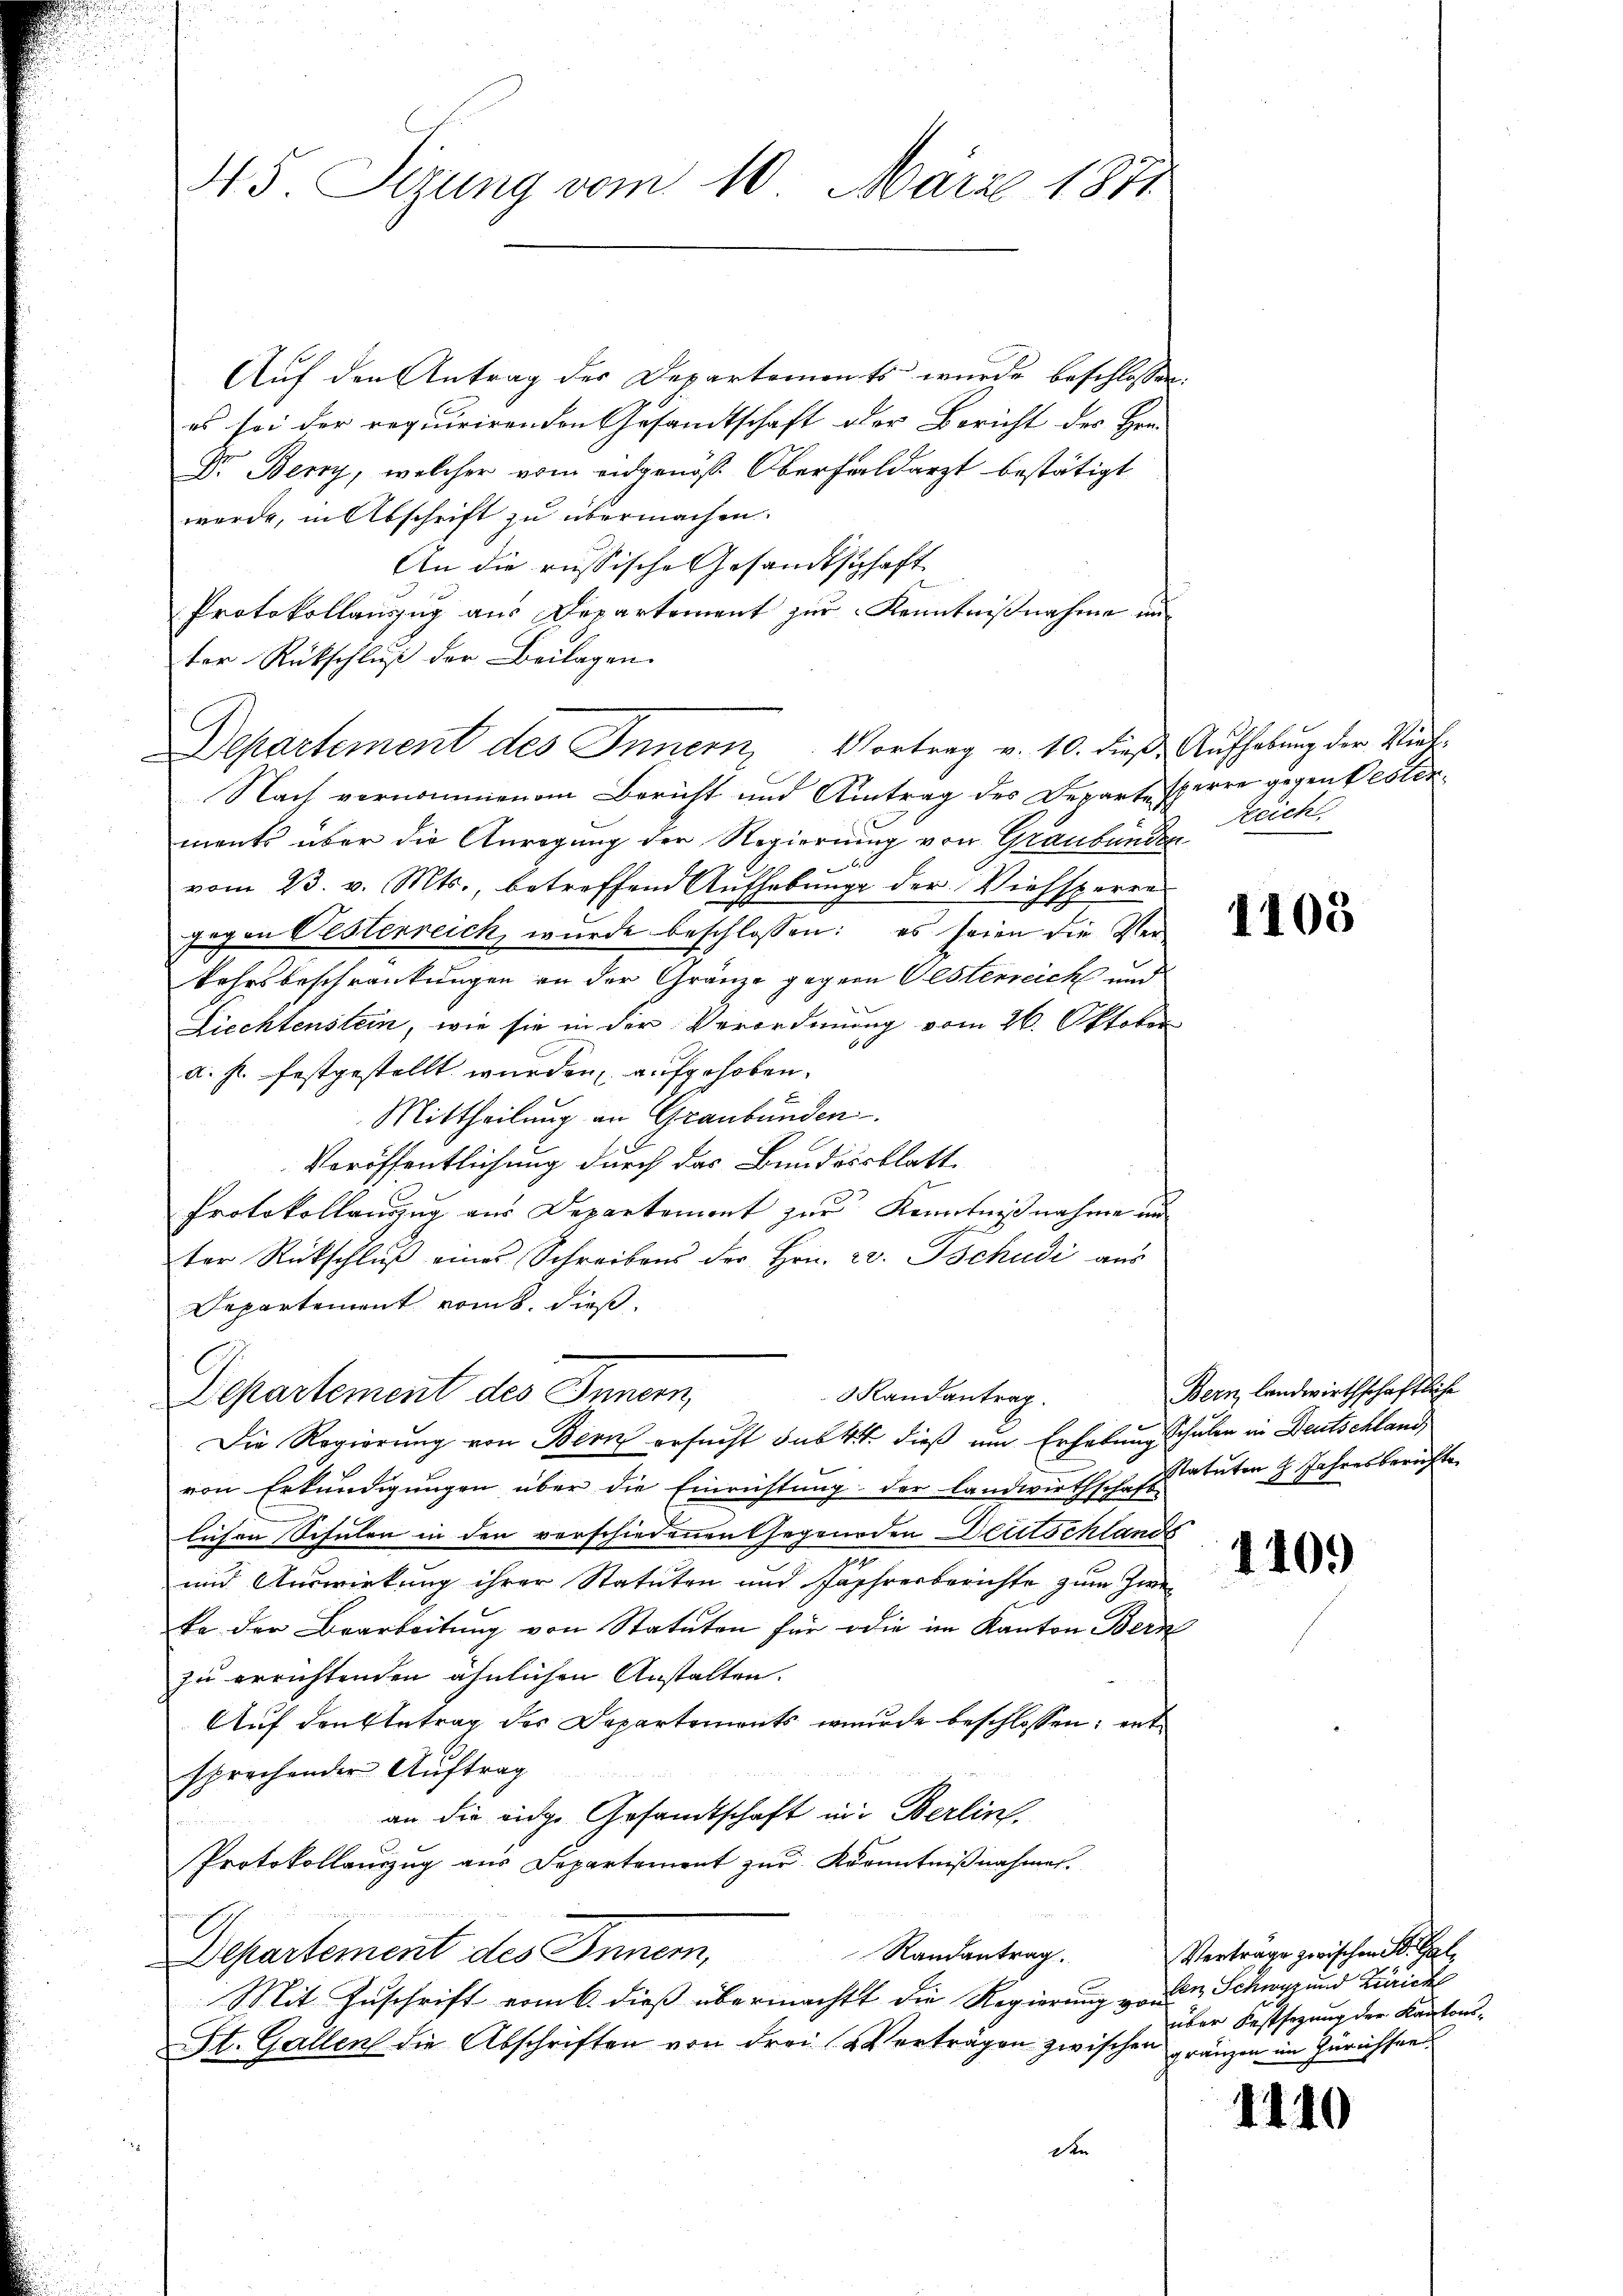
45. Sizung vom 10. März 1871.

Auf den Antrag des Departements wurde beschlossen:
es sei der requirirenden Gesandtschaft der Bericht des Hrn.
Dr. Berry, welcher vom eidgenöß Oberfaldarzt bestätigt
werde, in Abschrift zu übermachen.
An die russische Gesandtschaft
Protokollauszug aus Departement zur Kenntnißnahme in
ter Rückschluß der Beilagen.
Nach vernommenem Bericht und Antrag des Departe sperre gegen Besterments über die Anregung der Regierung von Graubünden
vom 23. v. Mts., betreffend Aufhebung der Viehsperres
gegen Oesterreich wurde beschlossen: es seien die Verkehrsbeschränkungen an der Gränze gegen Oesterreich und
Liechtenstein, wie sie in der Verordnung vom 26. Oktober
a. s. festgestellt wurden, aufgehoben.
Mittheilung an Graubünden
Veröffentlichung durch das Bundesblatt
Protokollanzzug aus Departement zur Kenntnißnahme und
ter Rückschlŭβ eines Schreibens der Hrn. 20. Tschudi aus
Departement vom 8. dieß
Departement des Innern,
3 Randantrag.
Die Regierung von Bern ersucht sub 4 dieß um Erhebung schulen in Deutschland
von Erkundigungen über die Einrichtung der Landwirthschaft tatuten H. Jahresberufte
lichen Schulen in den verschiedenen Gegenden Deutschlands
und Auswirkung ihrer Statuten und Jahresberichte zum Zwei
ka der Bearbeitung von Statuten für die im Kanton Bern
zu errichtenden ähnlichen Anstalten.
Auf den Betrag des Departements wurde beschlossen; entsprechender Auftrag
an die eidge Gesamtschaft in Berlin.
Protokollauszug aus Departement zur Kenntnißnahmen.
Randantrag.
Departement des Innern,
Mit Zuschrift vom 6. dieß übermacht die Regierung von der Schwyz und Zürich
St. Gallen die Abschriften von Frei Verträgen zwischen gränzen im Zürichtend
Den

Departement des Innern, Vortrag v. 10. dieß. Aufhebung der Viel¬

Reich.

1103

Bern, landwirthschaftliche

1109

Verträge zwischen St. Galüber Festsezung der Kantons¬

1110